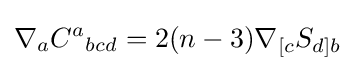
\nabla _{a}{C^{a}}_{bcd}=2(n-3)\nabla _{[c}S_{d]b}